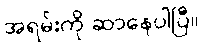
အရမ်းကို ဆာနေပါပြီ။